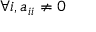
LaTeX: \forall i , a _ { i i } \neq 0